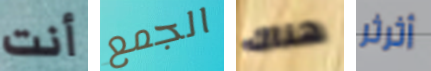
أنت الجمع هناك أثرثر